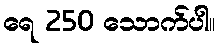
ရေ 250 သောက်ပါ။